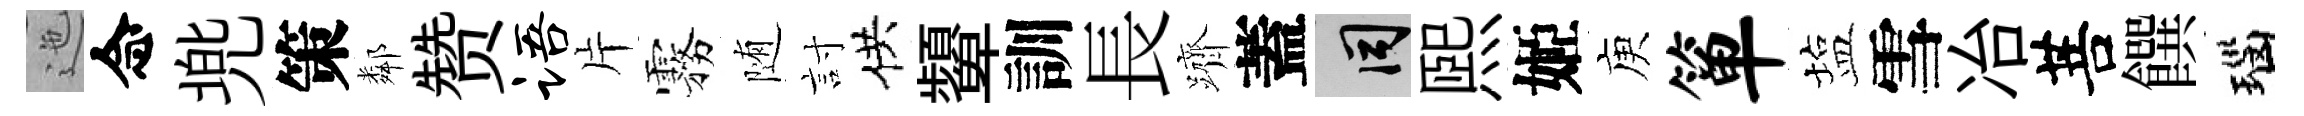
迤念兠策鄰赞语片霧随討供顰訓長躋蓋间煕姬庾箪塩雪冶菩饌瑙